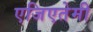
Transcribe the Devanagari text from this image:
एजिएतेमी